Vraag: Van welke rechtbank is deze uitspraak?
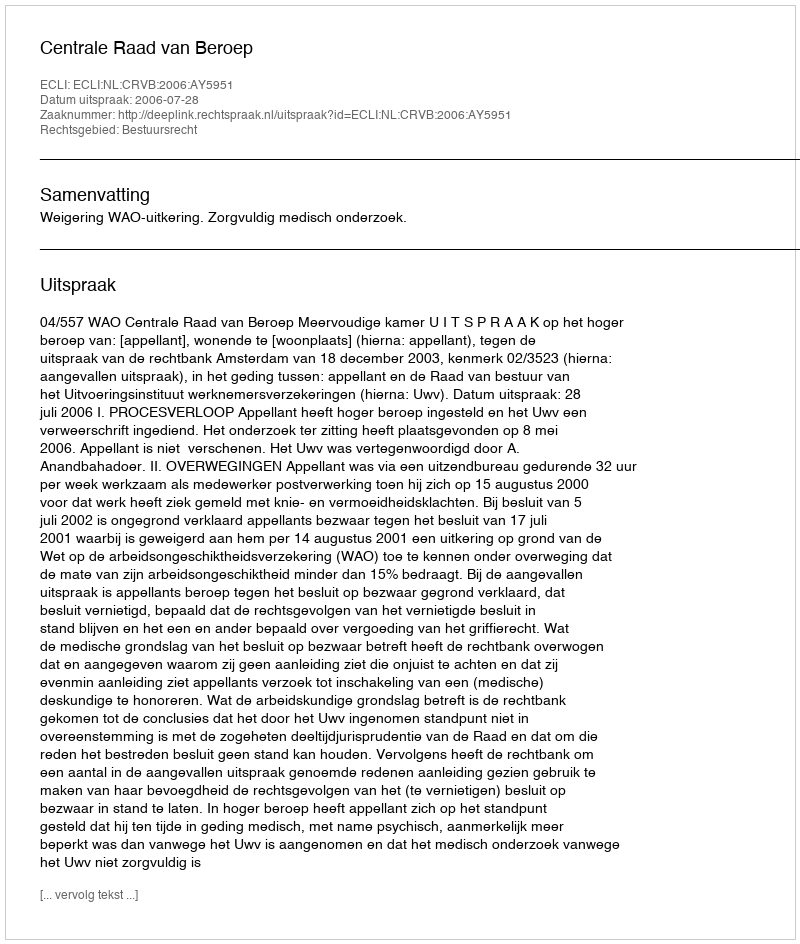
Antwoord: Centrale Raad van Beroep